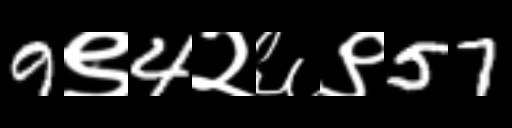
Text: 9९4२६९57